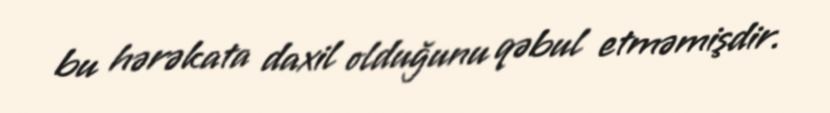
bu hərəkata daxil olduğunu qəbul etməmişdir.